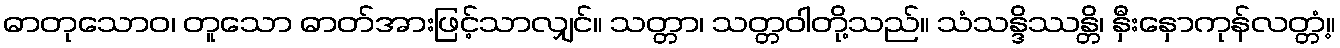
ဓာတုသောဝ၊ တူသော ဓာတ်အားဖြင့်သာလျှင်။ သတ္တာ၊ သတ္တဝါတို့သည်။ သံသန္ဒိဿန္တိ၊ နှီးနှောကုန်လတ္တံ့။